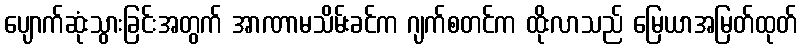
ပျောက်ဆုံးသွားခြင်းအတွက် အာဏာမသိမ်းခင်က ဂျက်စတင်က ထိုးလာသည် မြေယာအမြတ်ထုတ်